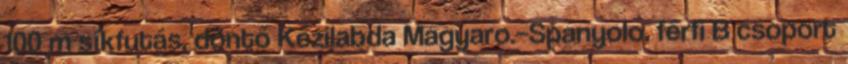
100 m síkfutás, döntő Kézilabda Magyaro.–Spanyolo. férfi B csoport